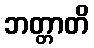
ဘတ္တာတိ